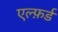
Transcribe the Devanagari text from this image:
एल्फ़र्ड